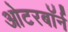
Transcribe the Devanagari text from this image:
ओटरबॉर्न